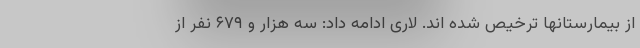
از بیمارستانها ترخیص شده اند. لاری ادامه داد: سه هزار و ۶۷۹ نفر از